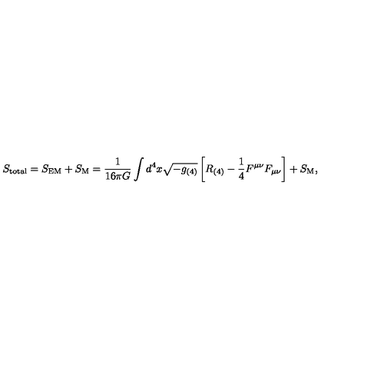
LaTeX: S _ { \mathrm { t o t a l } } = S _ { \mathrm { E M } } + S _ { \mathrm { M } } = \frac { 1 } { 1 6 \pi G } \int d ^ { 4 } x \sqrt { - g _ { ( 4 ) } } \left[ R _ { ( 4 ) } - \frac { 1 } { 4 } F ^ { \mu \nu } F _ { \mu \nu } \right] + S _ { \mathrm { M } } ,